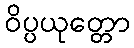
ဝိပ္ပယုတ္တော